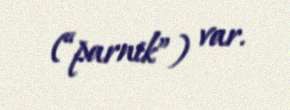
(“parnik”) var.